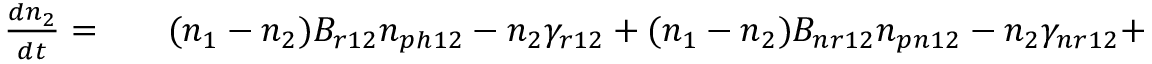
\begin{array} { r l r } { \frac { d n _ { 2 } } { d t } = } & { { } } & { ( n _ { 1 } - n _ { 2 } ) B _ { r 1 2 } n _ { p h 1 2 } - n _ { 2 } \gamma _ { r 1 2 } + ( n _ { 1 } - n _ { 2 } ) B _ { n r 1 2 } n _ { p n 1 2 } - n _ { 2 } \gamma _ { n r 1 2 } + } \end{array}